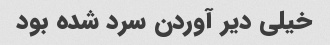
خیلی دیر آوردن سرد شده بود